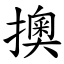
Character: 擙